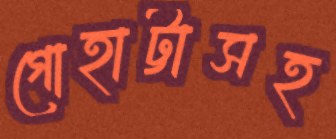
গোহাট্টাসহ